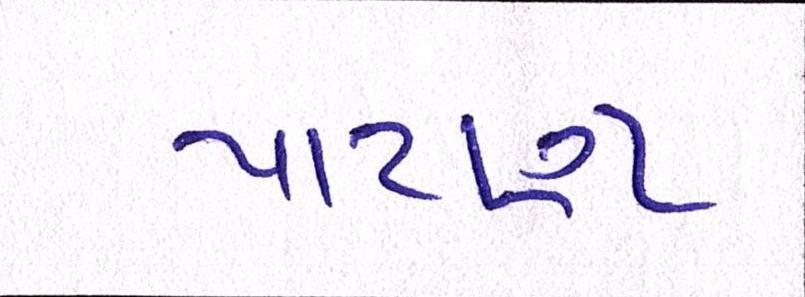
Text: પાટણ